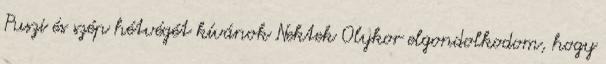
Puszi és szép hétvégét kívánok Nektek Olykor elgondolkodom, hogy